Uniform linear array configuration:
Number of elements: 8
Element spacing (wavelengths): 0.75
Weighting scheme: hamming
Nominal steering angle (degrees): -45
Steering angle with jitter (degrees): -45.34
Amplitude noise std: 0.05
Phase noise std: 0.05

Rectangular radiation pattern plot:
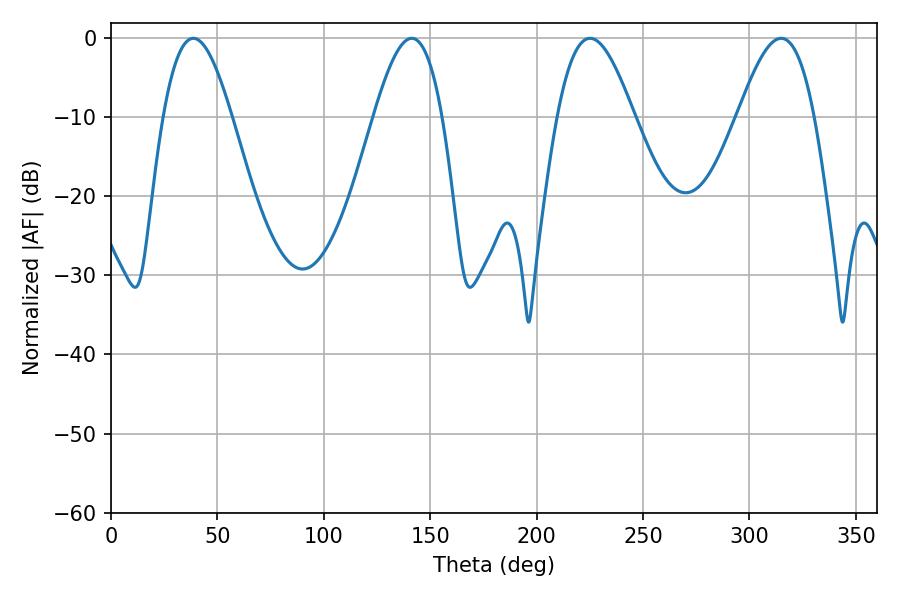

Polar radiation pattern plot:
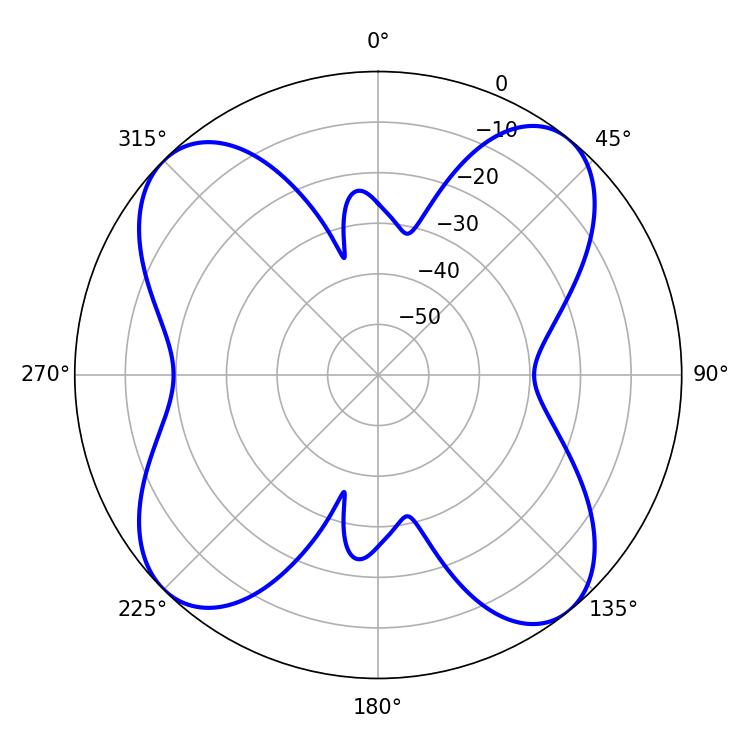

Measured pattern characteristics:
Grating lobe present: TRUE
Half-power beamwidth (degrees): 17.46
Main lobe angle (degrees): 38.7